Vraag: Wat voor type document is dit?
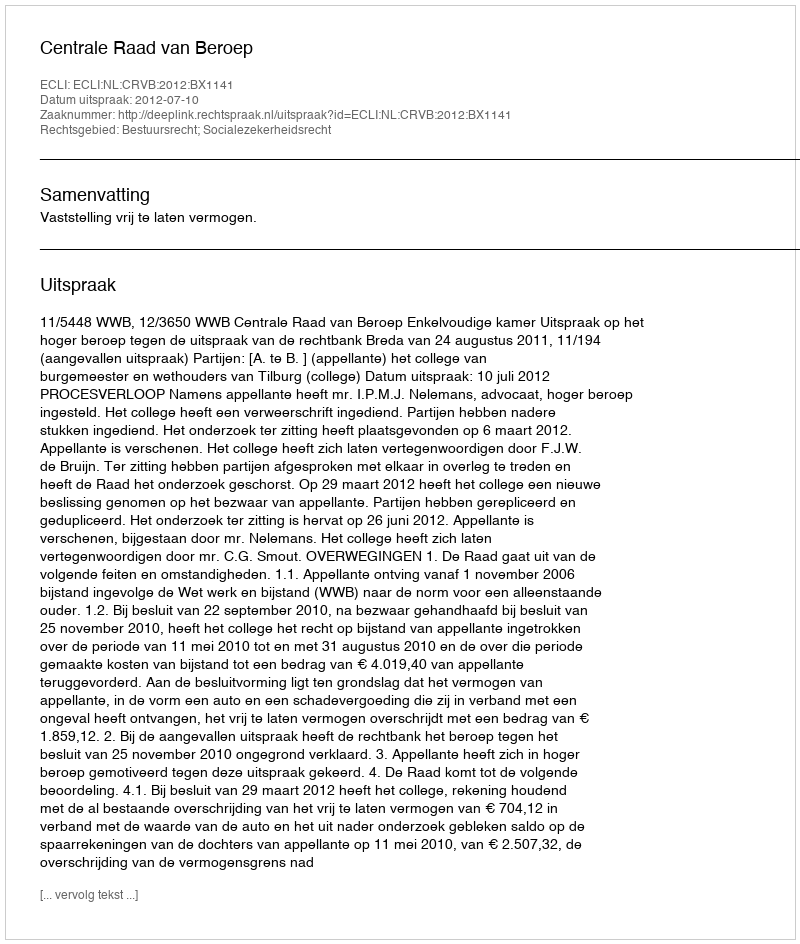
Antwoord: Uitspraak